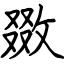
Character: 敪